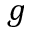
g